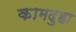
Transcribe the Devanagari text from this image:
कामदुहा